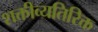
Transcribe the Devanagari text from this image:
शक्तीव्यतिरिक्त